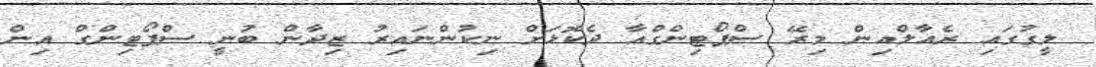
ލީގުގައި ރެއާލްއިން މިރޭ ސްޕޯޓިންގްއާ ދެކޮޅަށް ނިކުންނައިރު ޒިދާން ބުނީ ސްޕޯޓިންގް އިން